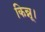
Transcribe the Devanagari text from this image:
किन्नू।